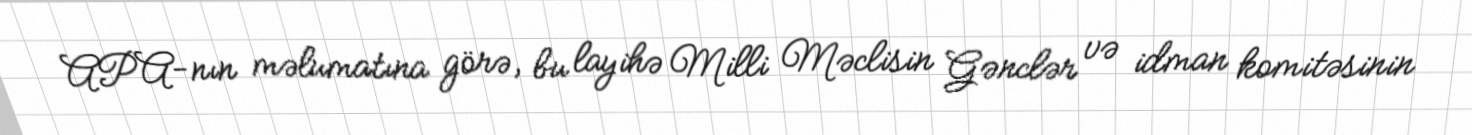
APA-nın məlumatına görə, bu layihə Milli Məclisin Gənclər və idman komitəsinin